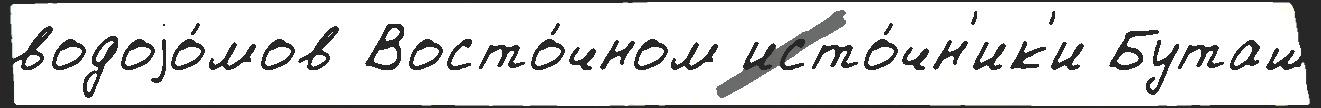
водоjо́мов Восто́чном исто́чн'ик'и Буташ